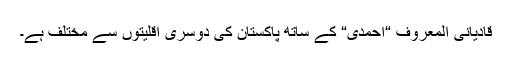
قادیانی المعروف “احمدی“ کے ساتھ پاکستان کی دوسری اقلیتوں سے مختلف ہے۔